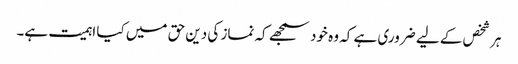
ہر شخص کے لیے ضروری ہے کہ وہ خود سمجھے کہ نماز کی دین حق میں کیا اہمیت ہے۔